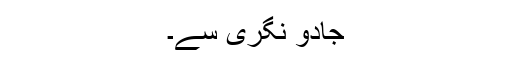
جادو نگری سے۔